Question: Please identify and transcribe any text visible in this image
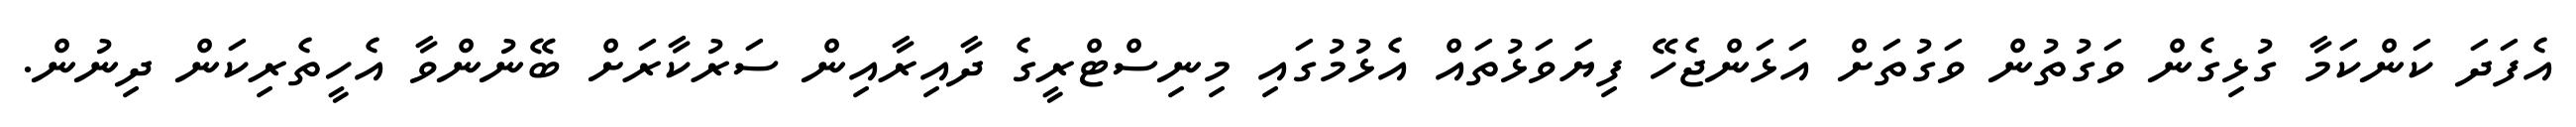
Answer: އެފަދަ ކަންކަމާ ގުޅިގެން ވަގުތުން ވަގުތަށް އަޅަންޖެހޭ ފިޔަވަޅުތައް އެޅުމުގައި މިނިސްޓްރީގެ ދާއިރާއިން ސަރުކާރަށް ބޭނުންވާ އެހީތެރިކަން ދިނުން.